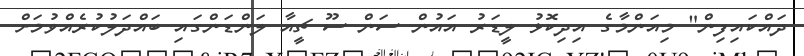
ދައްކައިފިން" މިއަންމާގެ އިދިކޮޅު ލީޑަރު އައުން ސަން ސޫ ޗީއާ ލަންޑަންގައި ބައްދަލުކުރެއްވުމަށް